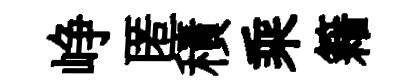
峥匿積乘籍